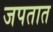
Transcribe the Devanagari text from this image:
जपतात